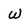
Character: w